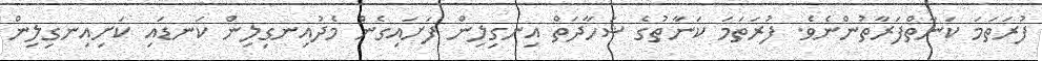
ފުރަތަމަ ކަނާތްފަރާތުންނެވެ. ފުރަތަމަ ކަނާތުގެ ޝަހާދަތް އިނގިލިން ފަށައިގެން މެދުއިނގިލިން ކަނޑައި ކަށިއިނގިލިން